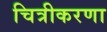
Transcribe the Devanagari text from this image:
चित्रीकरणा